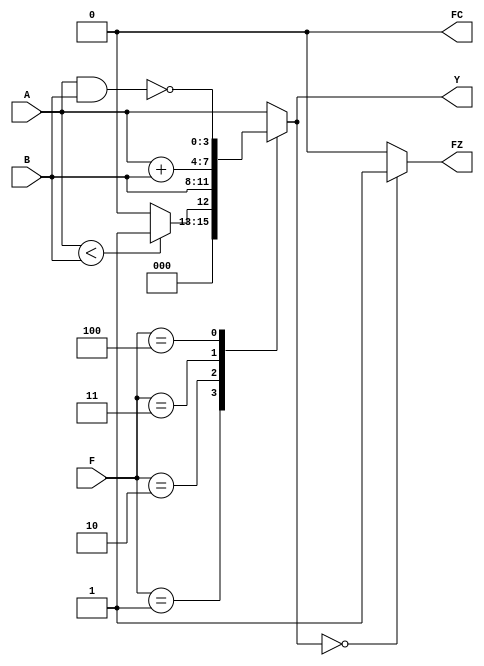
module ALU (input wire [3:0]A, B, input wire [2:0]F, output reg [3:0]Y, output reg FZ, FC);
  always @(*) begin
    case (F)
      3'b000: Y= A;
      3'b001: Y= (A<B) ? 4'b0001: 4'b0000;
      3'b010: Y= B;
      3'b011: Y= A + B;
      3'b100: Y= ~(A & B);
      default: Y= A;
    endcase

    if (Y==4'b0000)
      FZ<=1;
    else
      FZ<=0;
    if (Y==5'b1xxxx)
      FC<=1;
    else
      FC<=0;
  end
endmodule

module Bus(input wire [3:0]D, input wire B, output reg [3:0]Q);
  always @(*) begin
    if (B)
      Q<=D;
    else
      Q<=4'bz;
  end
endmodule

module Accu(input wire [3:0]D1, input wire enabled, clk, reset, output reg [3:0]Q1);
always @(posedge clk or posedge enabled or posedge reset) begin

  if (reset)
    Q1<=0;
  else if (enabled)
    Q1<=D1;
  end
endmodule

module P2(input wire clk, enabled, reset, B1, B2, input wire [3:0]D, input wire [2:0]F, output wire [3:0]O, output wire FZ, FC);
wire [3:0]Q1;
wire [3:0]Q2;
wire [3:0]A;
  Bus b1(D, B1, Q1);
  ALU  A3(A, Q1, F, Q2, FZ, FC);
  Accu A2(Q2, enabled, clk, reset, A);
  Bus b2(Q2, B2, O);

endmodule